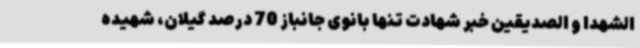
الشهدا و الصدیقین خبر شهادت تنها بانوی جانباز 70 درصد گیلان، شهیده